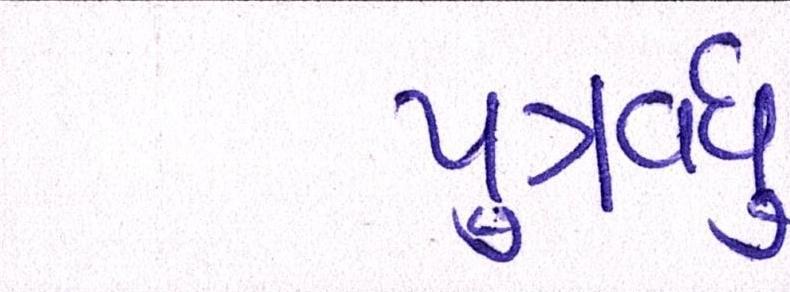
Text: પુત્રવધુ